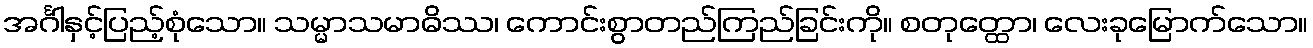
အင်္ဂါနှင့်ပြည့်စုံသော။ သမ္မာသမာဓိဿ၊ ကောင်းစွာတည်ကြည်ခြင်းကို။ စတုတ္ထော၊ လေးခုမြောက်သော။